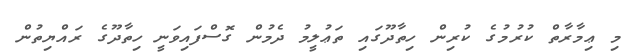
މި ޢިމާރާތް ކުރުމުގެ ކުރިން ހިތާދޫގައި ތަޢުލީމު ދެމުން ގޮސްފައިވަނީ ހިތާދޫގެ ރައްޔިތުން